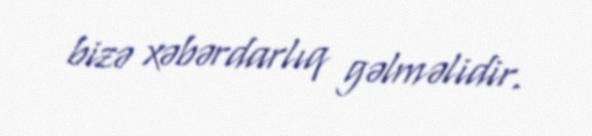
bizə xəbərdarlıq gəlməlidir.